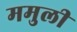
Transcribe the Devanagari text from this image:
ममुली